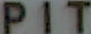
PIT